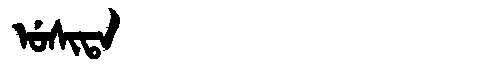
Manchu: ᡠᠰᡳᡨᠠ
Romanization: USITA